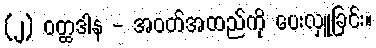
(၂) ဝတ္ထဒါန - အဝတ်အထည်ကို ပေးလှူခြင်း။